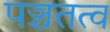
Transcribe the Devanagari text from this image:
पञ्चतत्व